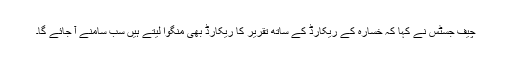
چیف جسٹس نے کہا کہ خسارہ کے ریکارڈ کے ساتھ تقریر کا ریکارڈ بھی منگوا لیتے ہیں سب سامنے آ جائے گا۔